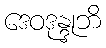
ဒေဝဒုန္ဒုဘိ